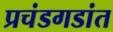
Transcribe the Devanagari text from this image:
प्रचंडगडांत